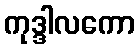
ကုဒ္ဒါလကော